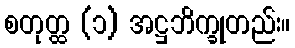
စတုတ္ထ (၁) အဋ္ဌဘိက္ခုတည်း။